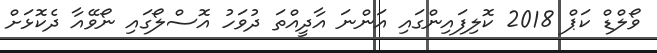
ވޯލްޑް ކަޕް 2018 ކޮލިފައިންގައި އަންނަ އާދީއްތަ ދުވަހު އޮސްލޯގައި ނޯވޭއާ ދެކޮޅަށް